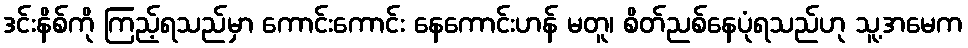
ဒင်းနိစ်ကို ကြည့်ရသည်မှာ ကောင်းကောင်း နေကောင်းဟန် မတူ၊ စိတ်ညစ်နေပုံရသည်ဟု သူ့အမေက